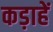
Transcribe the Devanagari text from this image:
कड़ाहें